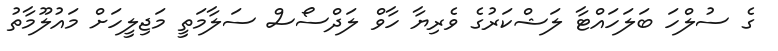
ގެ ސުލްހަ ބަލަހައްޓާ ލަޝްކަރުގެ ވެރިޔާ ހާވް ލަދްސޯސް ސަލާމަތީ މަޖިލީހަށް މައުލޫމާތު